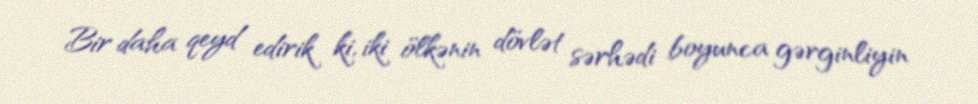
Bir daha qeyd edirik ki, iki ölkənin dövlət sərhədi boyunca gərginliyin